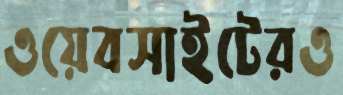
ওয়েবসাইটেরও